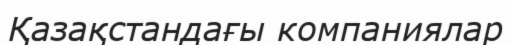
Қазақстандағы компаниялар